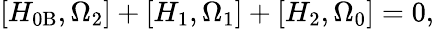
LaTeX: \left[H_{0\mathrm{B}},\Omega_{2}\right]+\left[H_{1},\Omega_{1}\right]+\left[H_{2},\Omega_{0}\right]=0,